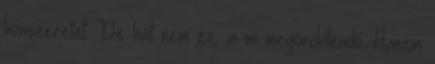
honszeretet. De hát nem ez, a mi megörökítendő. Hanem